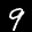
Label: 9